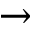
\rightarrow